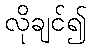
လိုချင်၍